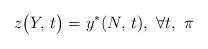
LaTeX: \begin{align*} z\bigl(Y,\,t\bigr)=y^{*}(N,\,t), \ \forall t, \ \pi \end{align*}